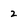
Character: 2